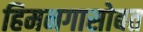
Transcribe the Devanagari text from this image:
हिमनगासोबत